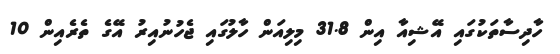
ހާދިސާތަކުގައި އޭޝިއާ އިން 31.8 މިލިއަން ހާލުގައި ޖެހުނުއިރު އޭގެ ތެރެއިން 10